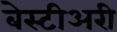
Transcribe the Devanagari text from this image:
बेस्टीअरी